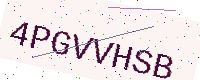
Text: 4PGVVHSB